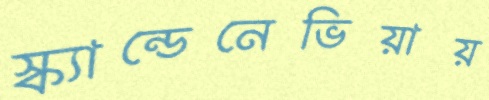
স্ক্যান্ডেনেভিয়ায়